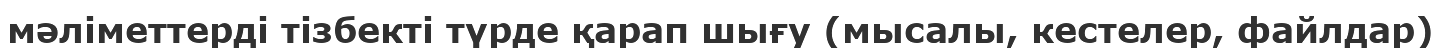
мәліметтерді тізбекті түрде қарап шығу (мысалы, кестелер, файлдар)